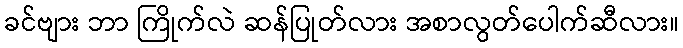
ခင်ဗျား ဘာ ကြိုက်လဲ ဆန်ပြုတ်လား အစာလွတ်ပေါက်ဆီလား။